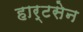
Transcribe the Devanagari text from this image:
हार्टसेन